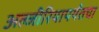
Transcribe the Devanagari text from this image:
अल्जीरियापर्यंतचा